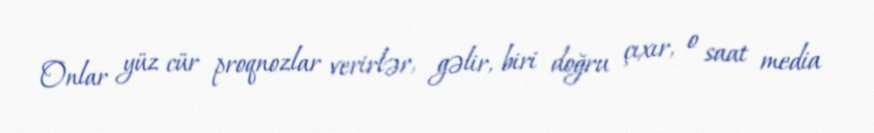
Onlar yüz cür proqnozlar verirlər, gəlir, biri doğru çıxır, o saat media